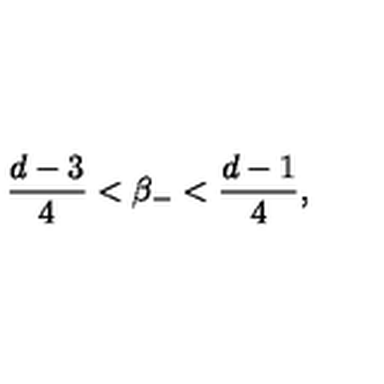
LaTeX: \frac { d - 3 } { 4 } < \beta _ { - } < \frac { d - 1 } { 4 } ,